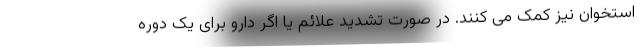
استخوان نیز کمک می کنند. در صورت تشدید علائم یا اگر دارو برای یک دوره